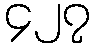
၄၂၇